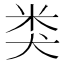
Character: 类